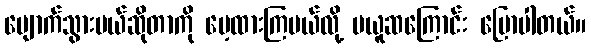
ပျောက်သွားမယ်ဆိုတာကို မေ့ထားကြမယ်လို့ မယူဆကြောင်း ပြောပါတယ်။